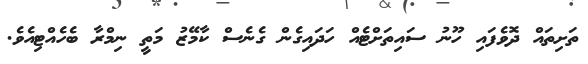
ތަށިތައް ދޮވެފައި ހޫނު ސައިތަށްޓެއް ހަދައިގެން ގެނެސް ކާމޭޒު މަތީ ނިމްރާ ބެހެއްޓިއެވެ.